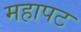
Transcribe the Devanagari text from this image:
महापट